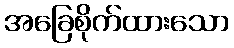
အခြေစိုက်ထားသော